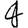
Digit: 4